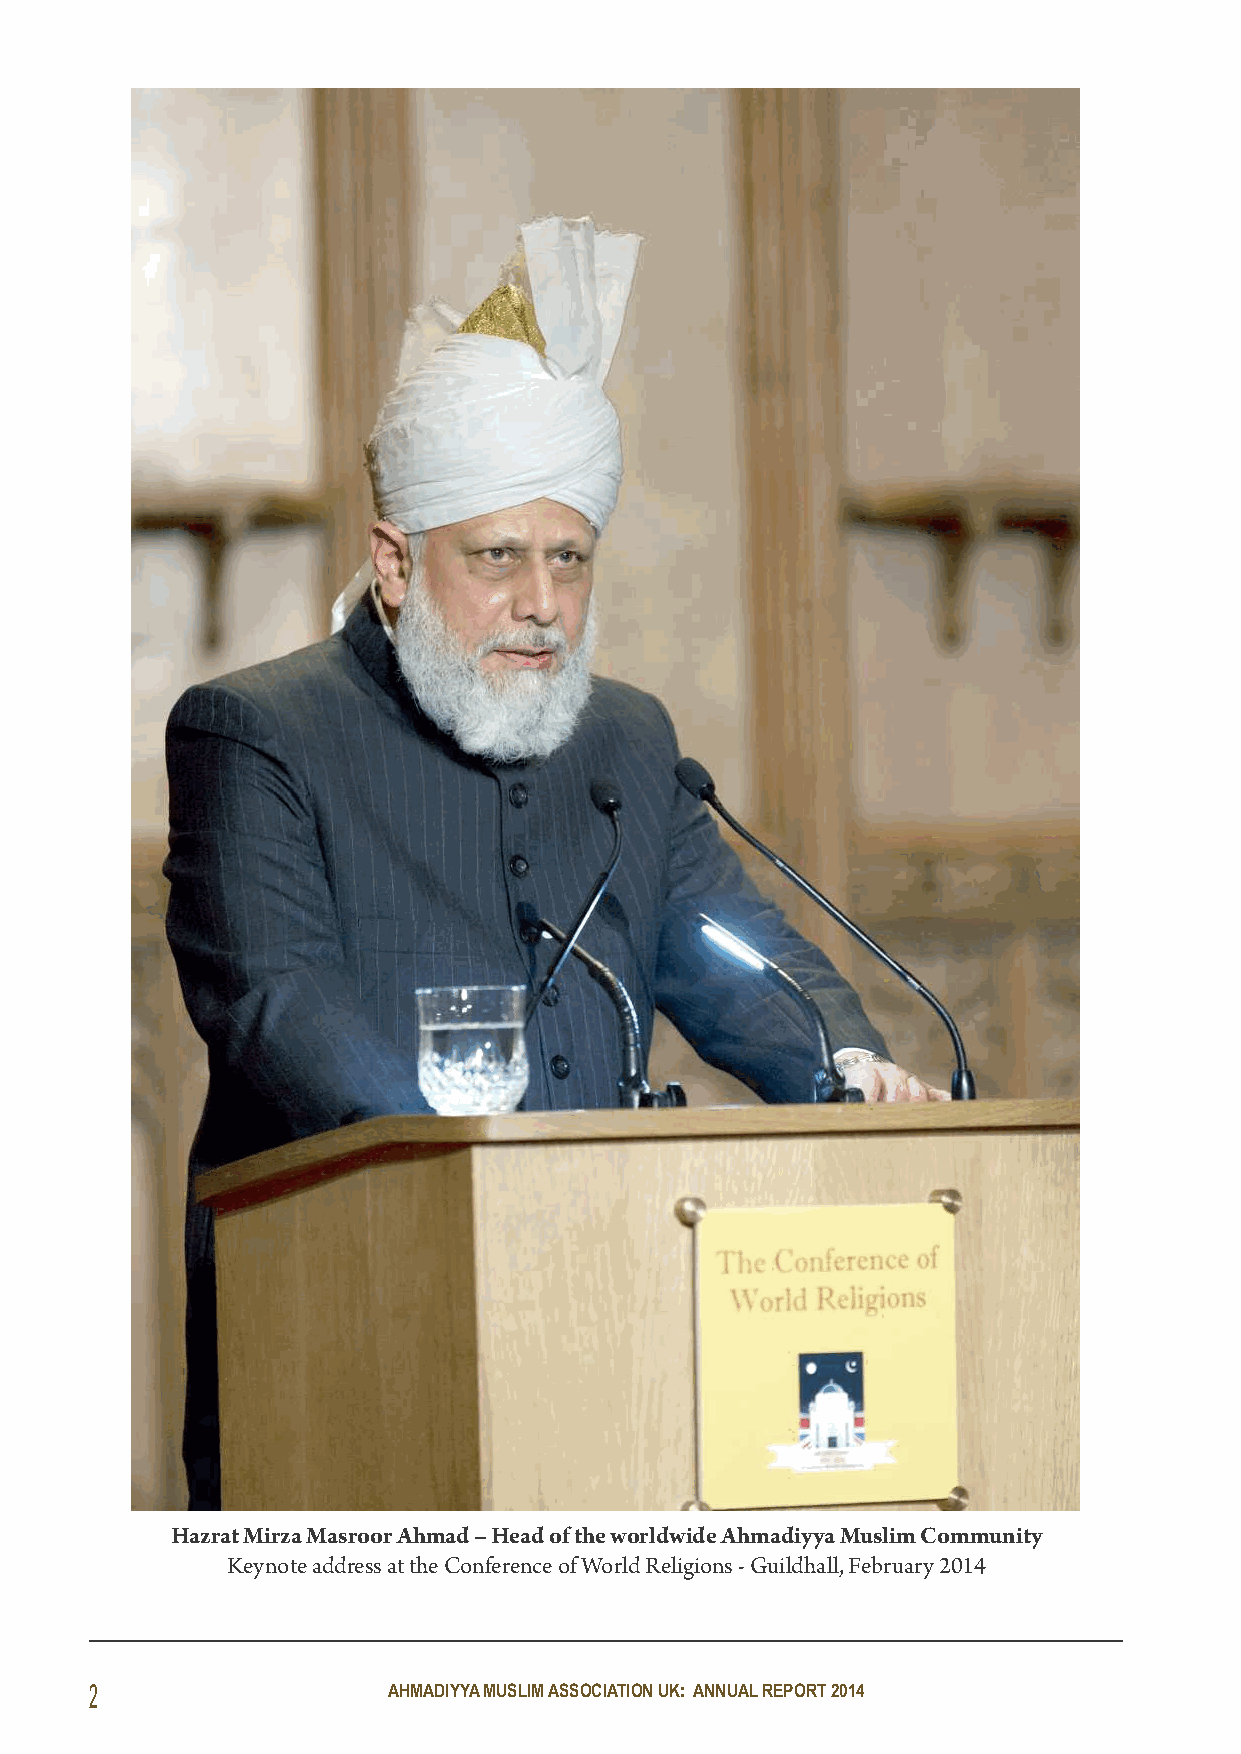
Hazrat Mirza Masroor Ahmad –Head of the worldwide Ahmadiyya Muslim Community
 Keynote address at the Conference of World Religions - Guildhall, February 2014
 2                   AHMADIYYA MUSLIM ASSOCIATION UK: ANNUAL REPORT 2014